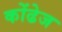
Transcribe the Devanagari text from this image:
कोंढेज